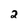
Character: 2